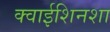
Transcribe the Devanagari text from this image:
क्वाईशिनशा